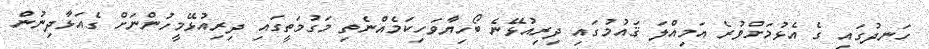
ހަނދުގައި ގެ އެޅުމަށްވުރެ އަމިއްލަ ޤައުމުގައި ދިރިއުޅޭނެ ބޯހިޔާވަހިކަމެއްނެތި މަގުމަތީގައި ދިރިއުޅޭމީހުންނަށް ގެއަޅާދިނުން